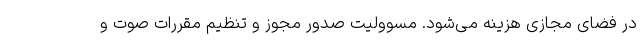
در فضای مجازی هزینه می‌شود. مسوولیت صدور مجوز و تنظیم مقررات صوت و